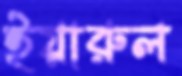
ইয়ারুল